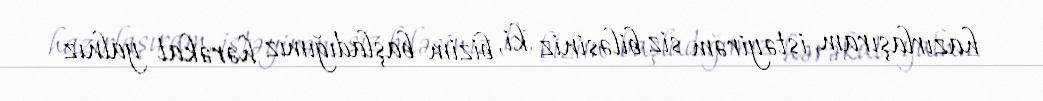
hazırlaşıram, istəyirəm siz biləsiniz ki, bizim başladığımız hərəkat yalnız